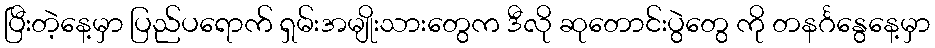
ပြီးတဲ့နေ့မှာ ပြည်ပရောက် ရှမ်းအမျိုးသားတွေက ဒီလို ဆုတောင်းပွဲတွေ ကို တနင်္ဂနွေနေ့မှာ